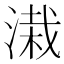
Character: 溨